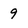
Character: 9